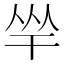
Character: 𢆑